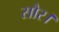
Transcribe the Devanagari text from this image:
सौर।